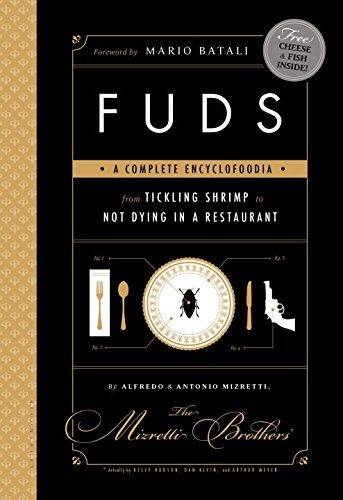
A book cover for FUDS: A Complete Encyclofoodia from Tickling Shrimp to Not Dying in a Restaurant; Kelly Hudson; Humor & Entertainment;